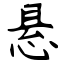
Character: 悬